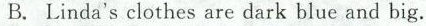
B.Linda's clothes are dark blue and big.